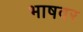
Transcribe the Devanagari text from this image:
भाषवर